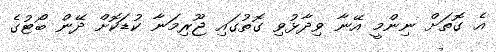
އެ ގޮތަށް ނިންމީ އޭނާ ވިދާޅުވި ގޮތުގައި ޖޫރިމަނާ ކުޑަކޮށް ދޭން ބޯޓުގެ